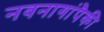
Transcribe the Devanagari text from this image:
नवनागांपैकी